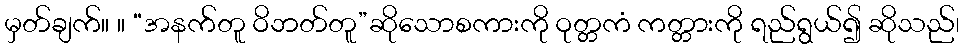
မှတ်ချက်။ ။ “အနက်တူ ဝိဘတ်တူ”ဆိုသောစကားကို ဝုတ္တကံ ကတ္တားကို ရည်ရွယ်၍ ဆိုသည်၊